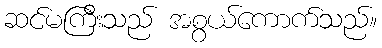
ဆင်မကြီးသည် အစွယ်ကောက်သည်။